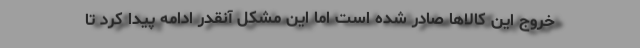
خروج این کالاها صادر شده است اما این مشکل آنقدر ادامه پیدا کرد تا